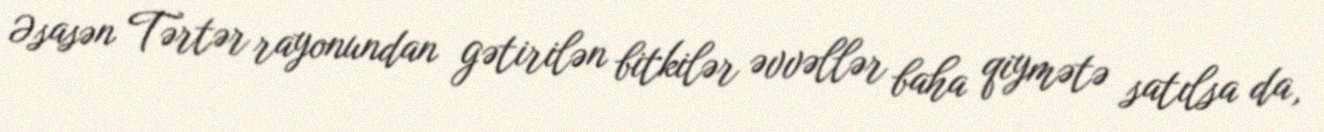
Əsasən Tərtər rayonundan gətirilən bitkilər əvvəllər baha qiymətə satılsa da,